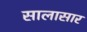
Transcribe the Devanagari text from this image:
सालासार